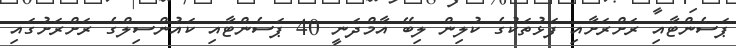
ޕަސެންޓާއި ރަށްރަށާއި ފަޅުތަކުގެ ކުލިން ލިބޭ އާމްދަނީ 40 ޕަސެންޓާއި ކައުންސިލްގެ ރަށްރަށުގައި